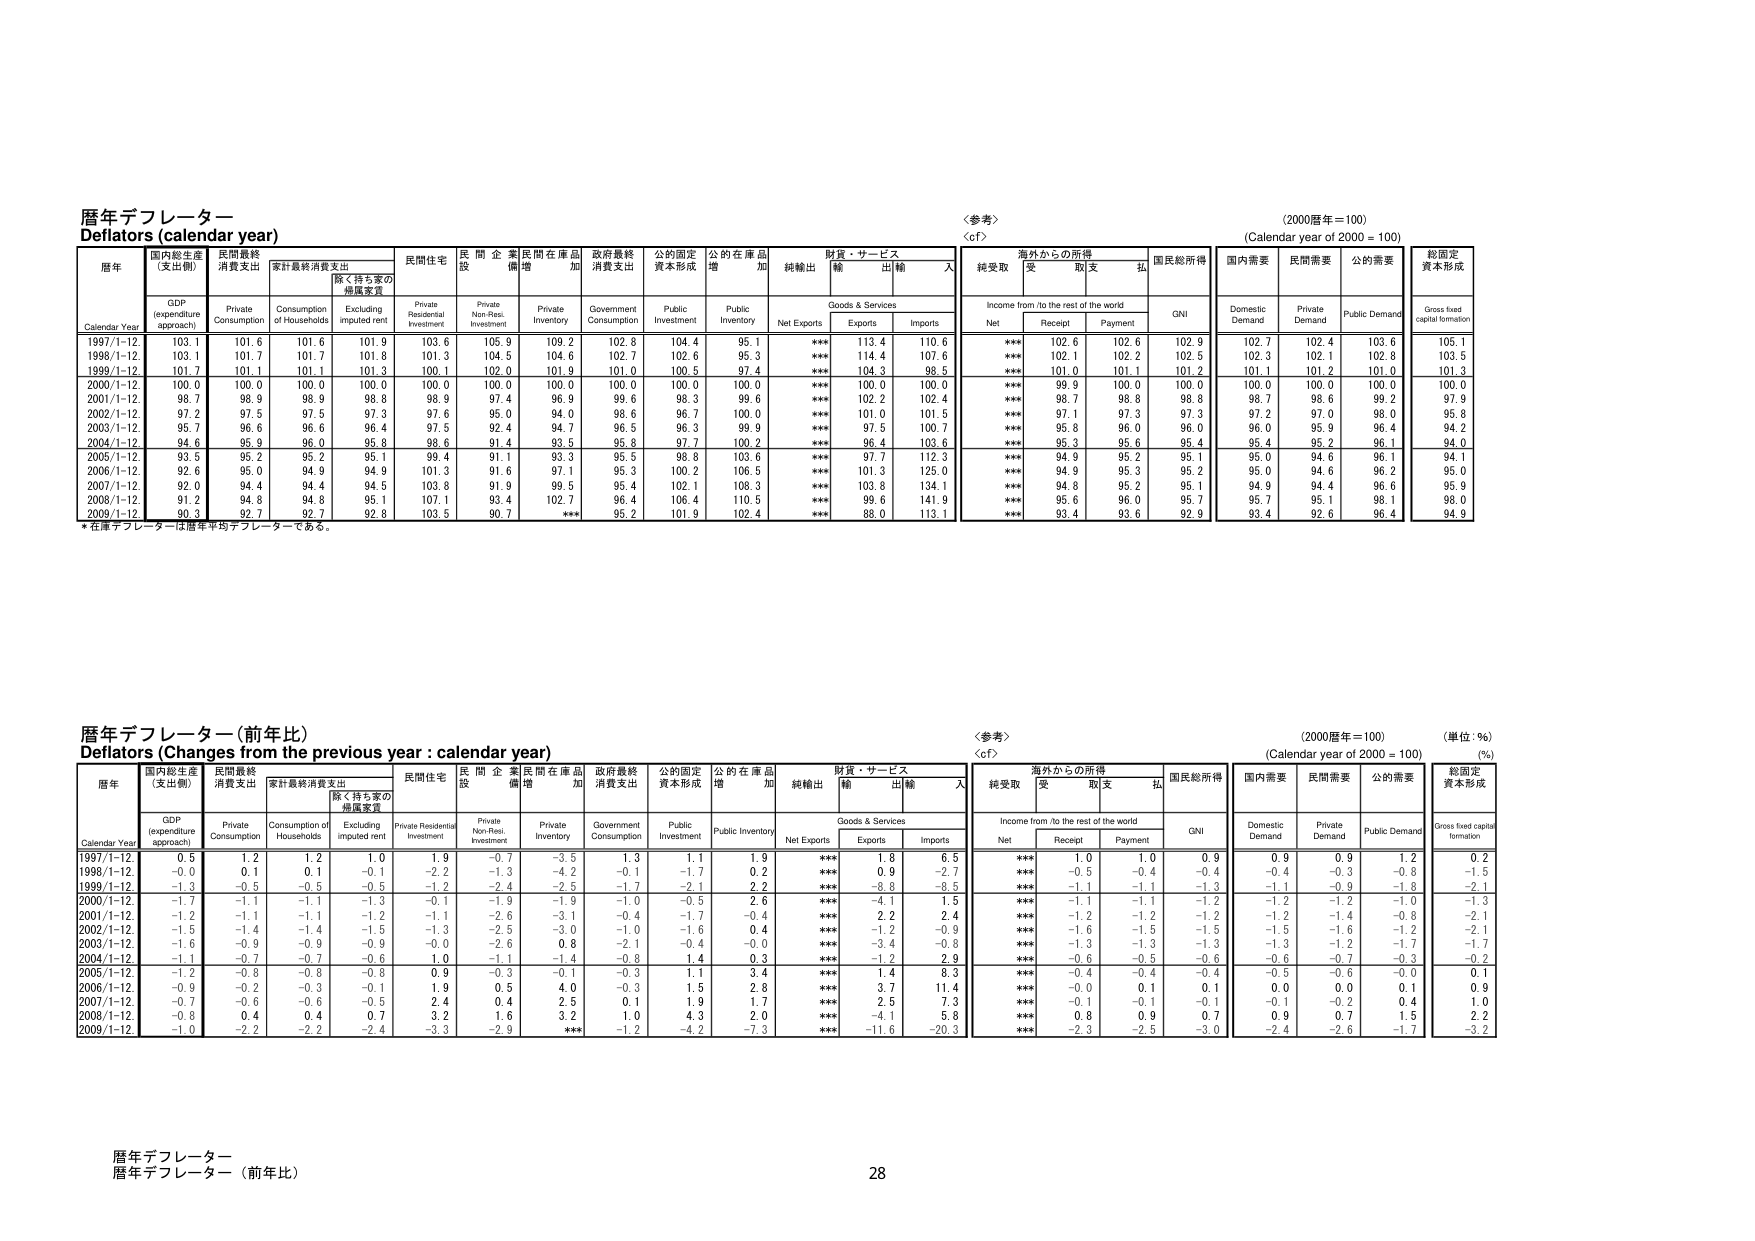
暦年デフレーター
Deflators (calendar year)
暦年
国内総生産（支出側）
GDP (expenditure approach)
民間最終消費支出
Private Consumption
家計最終消費支出
Consumption of Households
除く持ち家の帰属家賃
Excluding imputed rent
民間住宅
Private Residential Investment
民間企業設備
Private Non-Res. Investment
民間在庫品増加
Private Inventory
政府最終消費支出
Government Consumption
公的固定資本形成
Public Investment
公的在庫品増加
Public Inventory
純輸出
Net Exports
財貨・サービス
Goods & Services
輸出
Exports
輸入
Imports
＜参考＞
＜of＞
海外からの所得
Income from /to the rest of the world
純受取
Net
受取
Receipt
支払
Payment
国民総所得
GNI
国内需要
Domestic Demand
民間需要
Private Demand
公的需要
Public Demand
総固定資本形成
Gross fixed capital formation
Calendar Year
1997/1-12
103.1
101.6
101.6
101.9
103.6
105.9
109.2
102.8
104.4
95.1
***
113.4
110.6
***
102.6
102.6
102.9
102.7
102.4
103.6
105.1
1998/1-12
103.1
101.7
101.7
101.8
101.3
104.5
104.6
102.7
102.6
95.3
***
114.4
107.6
***
102.1
102.2
102.5
102.3
102.1
102.8
103.5
1999/1-12
101.7
101.1
101.1
101.3
100.1
102.0
101.9
101.0
100.5
97.4
***
104.3
98.5
***
101.0
101.1
101.2
101.1
101.2
101.0
101.3
2000/1-12
100.0
100.0
100.0
100.0
100.0
100.0
100.0
100.0
100.0
100.0
***
100.0
100.0
***
99.9
100.0
100.0
100.0
100.0
100.0
100.0
2001/1-12
98.7
98.9
98.9
98.8
98.9
97.4
98.9
99.6
98.3
99.6
***
102.2
102.4
***
98.7
98.8
98.8
98.7
98.6
99.2
97.9
2002/1-12
97.2
97.5
97.5
97.3
97.6
95.0
94.0
98.6
96.7
100.0
***
101.0
101.5
***
97.1
97.3
97.3
97.2
97.0
98.0
95.8
2003/1-12
95.7
96.6
96.6
96.4
97.5
92.4
94.7
96.5
96.3
99.9
***
97.5
100.7
***
95.8
96.0
96.0
96.0
95.9
96.4
94.2
2004/1-12
94.6
95.9
96.0
95.8
98.6
91.4
93.5
95.8
97.7
100.2
***
96.4
103.6
***
95.3
95.6
95.4
95.4
95.2
96.1
94.0
2005/1-12
93.5
95.2
95.2
95.1
99.4
91.1
93.3
95.5
98.8
103.6
***
97.7
112.3
***
94.9
95.2
95.1
95.0
94.6
96.1
94.1
2006/1-12
92.6
95.0
94.9
94.9
101.3
91.6
97.1
95.3
100.2
106.5
***
101.3
125.0
***
94.9
95.3
95.2
95.0
94.6
96.2
95.0
2007/1-12
92.0
94.4
94.4
94.5
103.8
91.9
99.5
95.4
102.1
108.3
***
103.8
134.1
***
94.8
95.2
95.1
94.9
94.4
96.6
95.9
2008/1-12
91.2
94.8
94.8
95.1
107.1
93.4
102.7
96.4
106.4
110.5
***
99.6
141.9
***
95.6
96.0
95.7
95.7
95.1
98.1
98.0
2009/1-12
90.3
92.7
92.7
92.8
103.5
90.7
***
95.2
101.9
102.4
***
88.0
113.1
***
93.4
93.6
92.9
93.4
92.6
96.4
94.9
* 在庫デフレーターは暦年平均デフレーターである。
(2000暦年＝100)
(Calendar year of 2000 = 100)

暦年デフレーター（前年比）
Deflators (Changes from the previous year : calendar year)
暦年
国内総生産（支出側）
GDP (expenditure approach)
民間最終消費支出
Private Consumption
家計最終消費支出
Consumption of Households
除く持ち家の帰属家賃
Excluding imputed rent
民間住宅
Private Residential Investment
民間企業設備
Private Non-Res. Investment
民間在庫品増加
Private Inventory
政府最終消費支出
Government Consumption
公的固定資本形成
Public Investment
公的在庫品増加
Public Inventory
純輸出
Net Exports
財貨・サービス
Goods & Services
輸出
Exports
輸入
Imports
＜参考＞
＜of＞
海外からの所得
Income from /to the rest of the world
純受取
Net
受取
Receipt
支払
Payment
国民総所得
GNI
国内需要
Domestic Demand
民間需要
Private Demand
公的需要
Public Demand
総固定資本形成
Gross fixed capital formation
Calendar Year
1997/1-12
0.5
1.2
1.2
1.0
1.9
-0.7
-3.5
1.3
1.1
1.9
***
1.8
6.5
***
1.0
1.0
0.9
0.9
0.9
1.2
0.2
1998/1-12
-0.0
0.1
0.1
-0.1
-2.2
-1.3
-4.2
-0.1
-1.7
0.2
***
0.9
-2.7
***
-0.5
-0.4
-0.4
-0.4
-0.3
-0.8
-1.5
1999/1-12
-1.3
-0.5
-0.5
-0.5
-1.2
-2.4
-2.5
-1.7
-2.1
2.2
***
-8.8
-8.5
***
-1.1
-1.1
-1.3
-1.1
-0.9
-1.8
-2.1
2000/1-12
-1.7
-1.1
-1.1
-1.3
-0.1
-1.9
-1.9
-1.0
-0.5
2.6
***
-4.1
1.5
***
-1.1
-1.1
-1.2
-1.2
-1.2
-1.0
-1.3
2001/1-12
-1.2
-1.1
-1.1
-1.2
-1.1
-2.6
-3.1
-0.4
-1.7
-0.4
***
2.2
2.4
***
-1.2
-1.2
-1.2
-1.2
-1.4
-0.8
-2.1
2002/1-12
-1.5
-1.4
-1.4
-1.5
-1.3
-2.5
-3.0
-1.0
-1.6
0.4
***
-1.2
-0.9
***
-1.6
-1.5
-1.5
-1.5
-1.6
-1.2
-2.1
2003/1-12
-1.6
-0.9
-0.9
-0.9
-0.0
-2.6
0.8
-2.1
-0.4
-0.0
***
-3.4
-0.8
***
-1.3
-1.3
-1.3
-1.3
-1.2
-1.7
-1.7
2004/1-12
-1.1
-0.7
-0.7
-0.6
1.0
-1.1
-1.4
-0.8
1.4
0.3
***
-1.2
2.9
***
-0.6
-0.5
-0.6
-0.6
-0.7
-0.3
-0.2
2005/1-12
-1.2
-0.8
-0.8
-0.8
0.9
-0.3
-0.1
-0.3
1.1
3.4
***
1.4
8.3
***
-0.4
-0.4
-0.4
-0.5
-0.6
-0.0
0.1
2006/1-12
-0.9
-0.2
-0.3
-0.1
1.9
0.5
4.0
-0.3
1.5
2.8
***
3.7
11.4
***
-0.0
0.1
0.1
0.0
0.0
0.1
0.9
2007/1-12
-0.7
-0.6
-0.6
-0.5
2.4
0.4
2.5
0.1
1.9
1.7
***
2.5
7.3
***
-0.1
-0.1
-0.1
-0.1
-0.2
0.4
1.0
2008/1-12
-0.8
0.4
0.4
0.7
3.2
1.6
3.2
1.0
4.3
2.0
***
-4.1
5.8
***
0.8
0.9
0.7
0.9
0.7
1.5
2.2
2009/1-12
-1.0
-2.2
-2.2
-2.4
-3.3
-2.9
***
-1.2
-4.2
-7.3
***
-11.6
-20.3
***
-2.3
-2.5
-3.0
-2.4
-2.6
-1.7
-3.2
(2000暦年＝100)
(Calendar year of 2000 = 100)
(単位：％)
(%)
暦年デフレーター
暦年デフレーター（前年比）
28